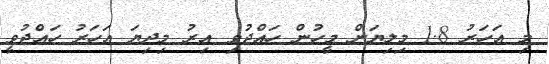
މި އަހަރު 1.8 މިލިޔަން މީހުން ހައްޖުވި އިރު މިދިޔަ އަހަރު ހައްޖުވީ